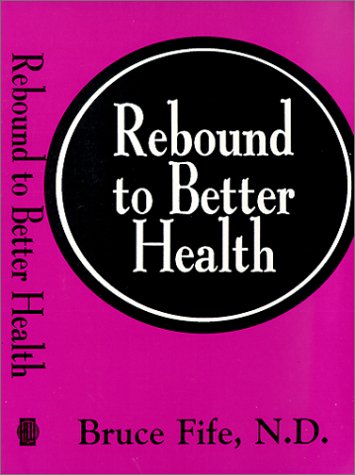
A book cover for Rebound to Better Health; Bruce Fife; Health, Fitness & Dieting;